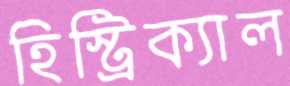
হিস্ট্রিক্যাল